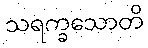
သရက္ခသောတိ